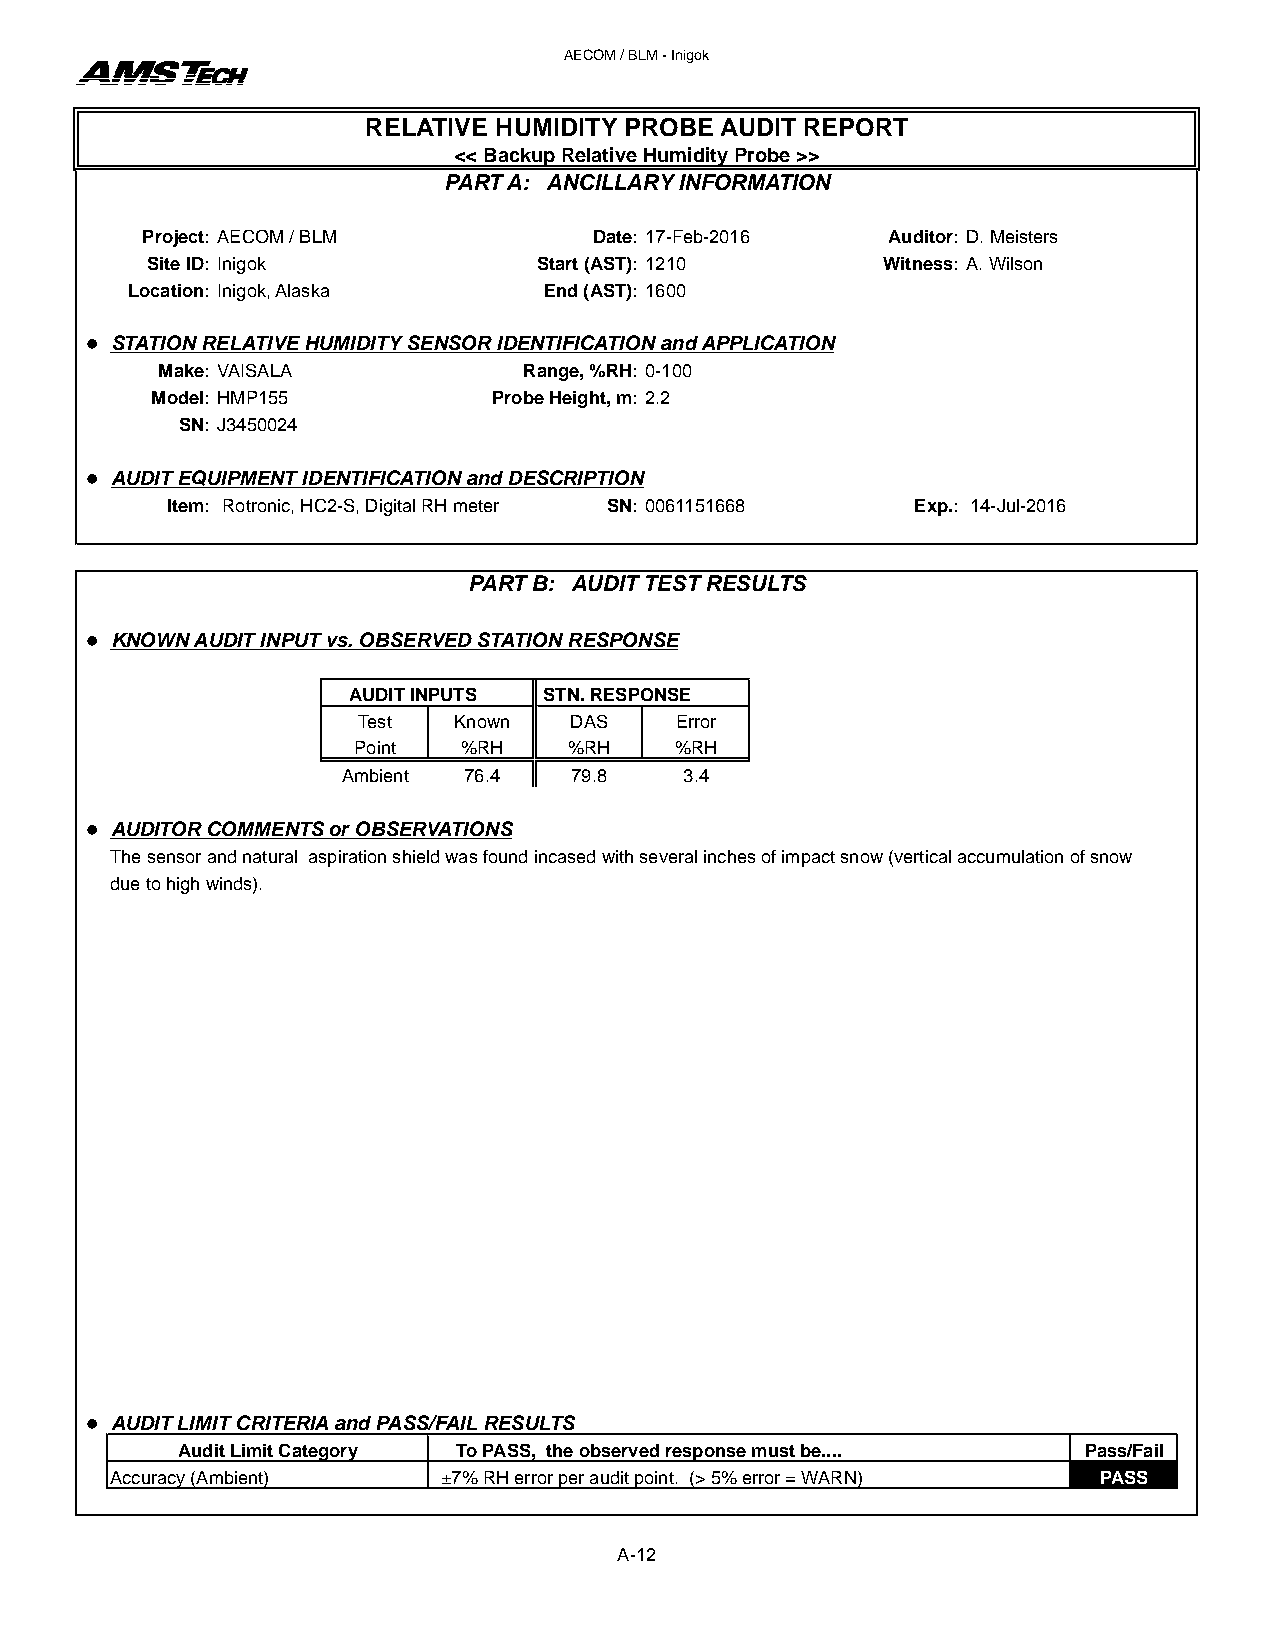
AECOM / BLM - Inigok
 RELATIVE HUMIDITY PROBE AUDIT REPORT
 << Backup Relative Humidity Probe >>
 PART A: ANCILLARY INFORMATION
 Project: AECOM / BLM          Date: 17-Feb-2016   Auditor: D. Meisters
 Site ID: Inigok           Start (AST): 1210     Witness: A. Wilson
 Location: Inigok, Alaska    End (AST): 1600
 l STATION RELATIVE HUMIDITY SENSOR IDENTIFICATION and APPLICATION
 Make: VAISALA            Range, %RH: 0-100
 Model: HMP155          Probe Height, m: 2.2
 SN: J3450024
 l AUDIT EQUIPMENT IDENTIFICATION and DESCRIPTION
 Item: Rotronic, HC2-S, Digital RH meter SN: 0061151668 Exp.: 14-Jul-2016
 PART B: AUDIT TEST RESULTS
 l KNOWN AUDIT INPUT vs. OBSERVED STATION RESPONSE
 AUDIT INPUTS STN. RESPONSE
 Test  Known   DAS    Error
 Point   %RH    %RH    %RH
 Ambient 76.4   79.8   3.4
 l AUDITOR COMMENTS or OBSERVATIONS
 The sensor and natural aspiration shield was found incased with several inches of impact snow (vertical accumulation of snow
 due to high winds).
 l AUDIT LIMIT CRITERIA and PASS/FAIL RESULTS
 Audit Limit Category To PASS, the observed response must be.... Pass/Fail
 Accuracy (Ambient)    ±7% RH error per audit point. (> 5% error = WARN) PASS
 A-12